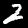
Label: 2